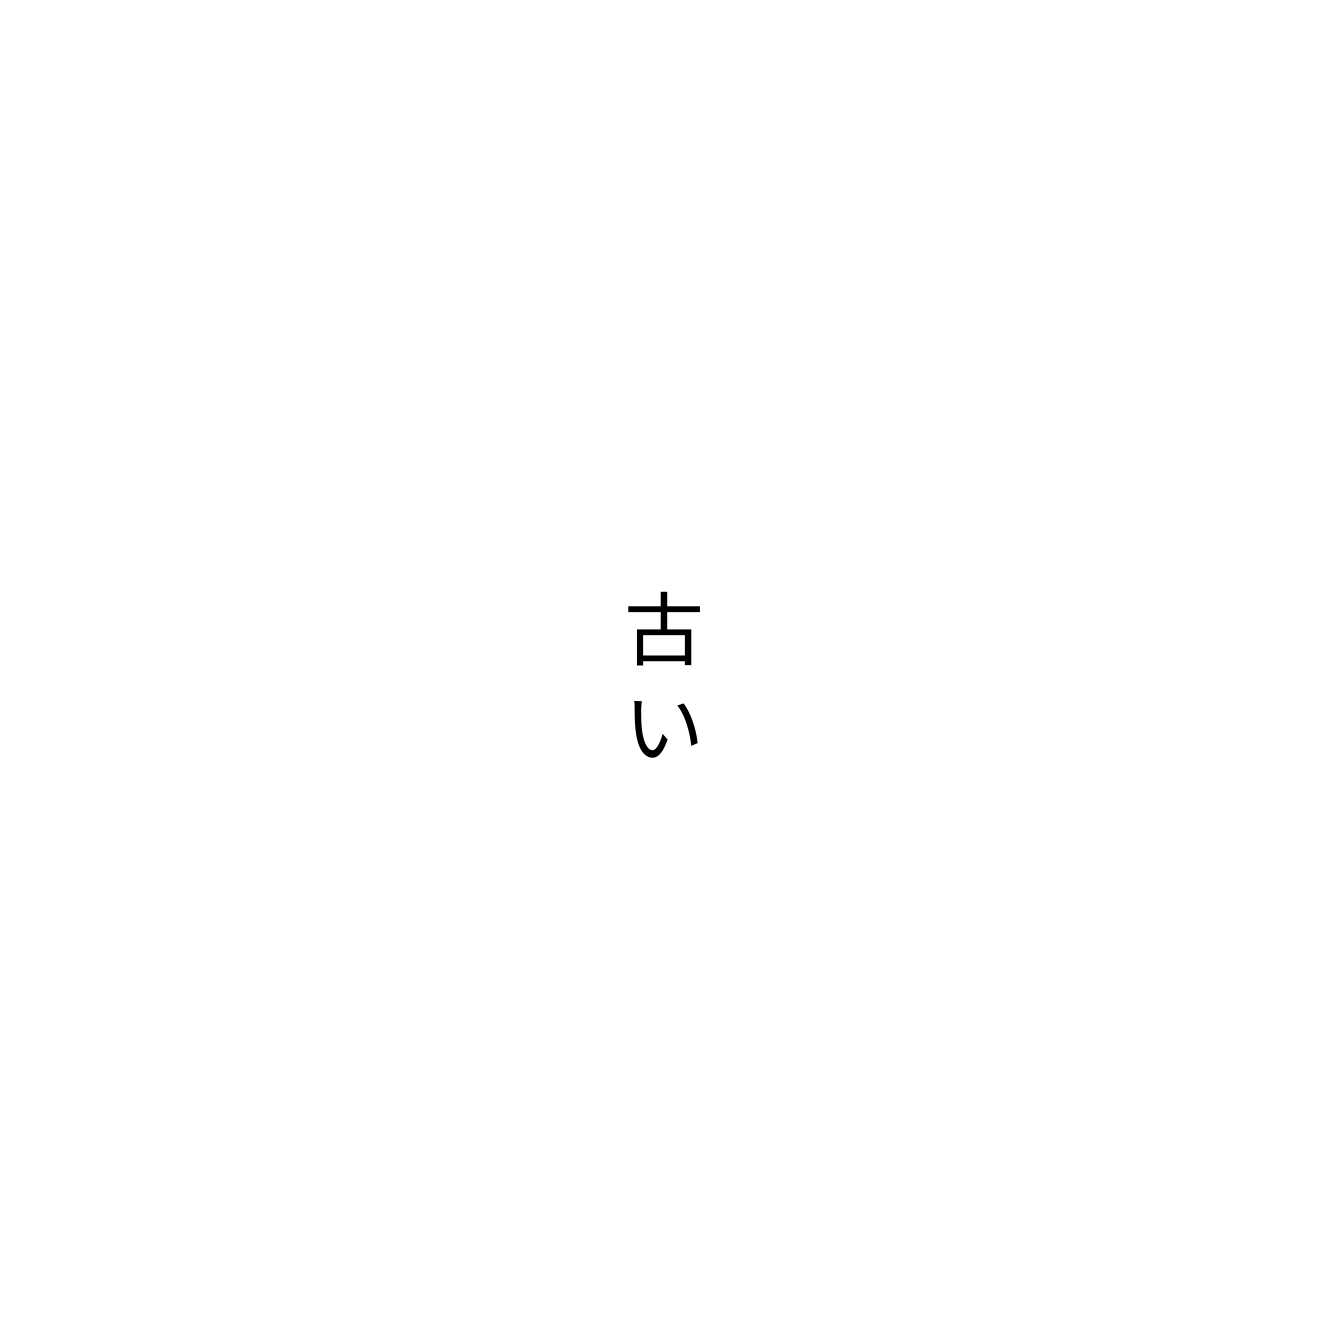
古い